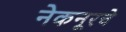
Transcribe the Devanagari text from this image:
नेकनूरचे